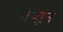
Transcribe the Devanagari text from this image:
नेप्चुन